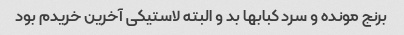
برنج مونده و سرد کبابها بد و البته لاستیکی آخرین خریدم بود